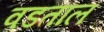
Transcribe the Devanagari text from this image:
वडताल